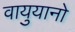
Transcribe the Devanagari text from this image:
वायुयानो